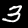
Label: 3